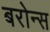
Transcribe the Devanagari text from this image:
बरोन्स